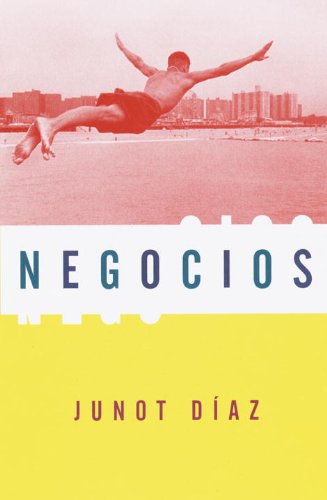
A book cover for Negocios; Junot DÃ­az; Literature & Fiction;